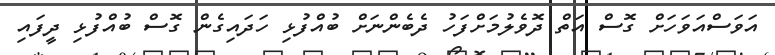
އަވަސްއަވަހަށް ގޮސް އަތް ދޮވެލުމަށްފަހު ދެބެންނަށް ބުއްފުޅި ހަދައިގެން ގޮސް ބުއްފުޅި ދީފައި